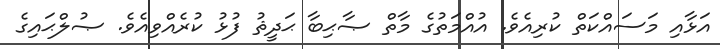
އަޅާއި މަސައްކަތް ކުރިއެވެ. އުއްމަތުގެ މާތް ޞާޙިބާ ޙަދީޘު ފުޅު ކުރެއްވިއެވެ. ޞުލްޙައިގެ